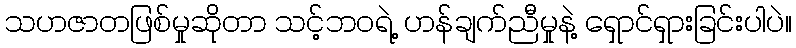
သဟဇာတဖြစ်မှုဆိုတာ သင့်ဘဝရဲ့ ဟန်ချက်ညီမှုနဲ့ ရှောင်ရှားခြင်းပါပဲ။